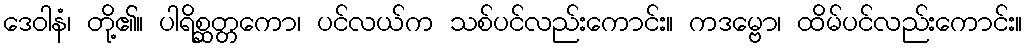
ဒေဝါနံ၊ တို့၏။ ပါရိစ္ဆတ္တကော၊ ပင်လယ်က သစ်ပင်လည်းကောင်း။ ကဒမ္ဗော၊ ထိမ်ပင်လည်းကောင်း။